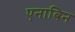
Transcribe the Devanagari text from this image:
एनाबिन